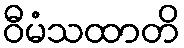
ဝီမံသထာတိ